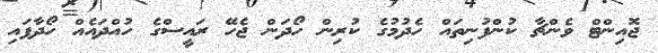
ޖޮއިންޓް ވެންޗާ ކުންފުނިތައް ހެދުމުގެ ކުރިން ހޯދަން ޖެހޭ ރައީސްގެ ހުއްދައެއް ހޯދާފައި